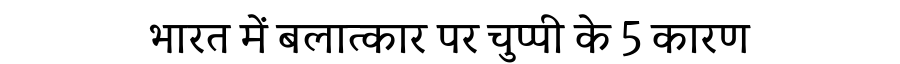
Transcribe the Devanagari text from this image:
भारत में बलात्कार पर चुप्पी के 5 कारण